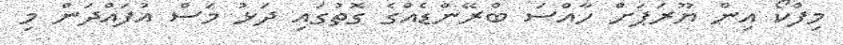
މިފްކޯ އިން ޔޫރަޕަށް ހާއްސަ ބްރޭންޑެއްގެ ގޮތުގައި ދަޅު މަސް އުފައްދަން މި